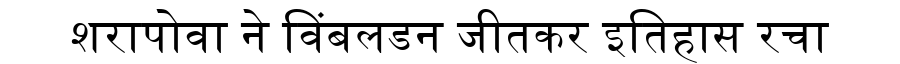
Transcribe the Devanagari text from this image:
शरापोवा ने विंबलडन जीतकर इतिहास रचा